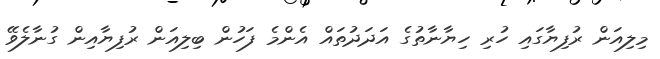
މިލިއަން ރުފިޔާގައި ހުރި ހިޔާނާތުގެ އަދަދުތައް އެންމެ ފަހުން ބިލިއަން ރުފިޔާއިން ގުނާލެވޭ